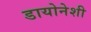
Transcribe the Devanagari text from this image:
डायोनेशी